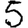
Digit: 5